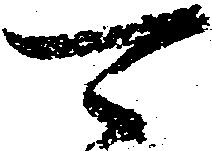
可